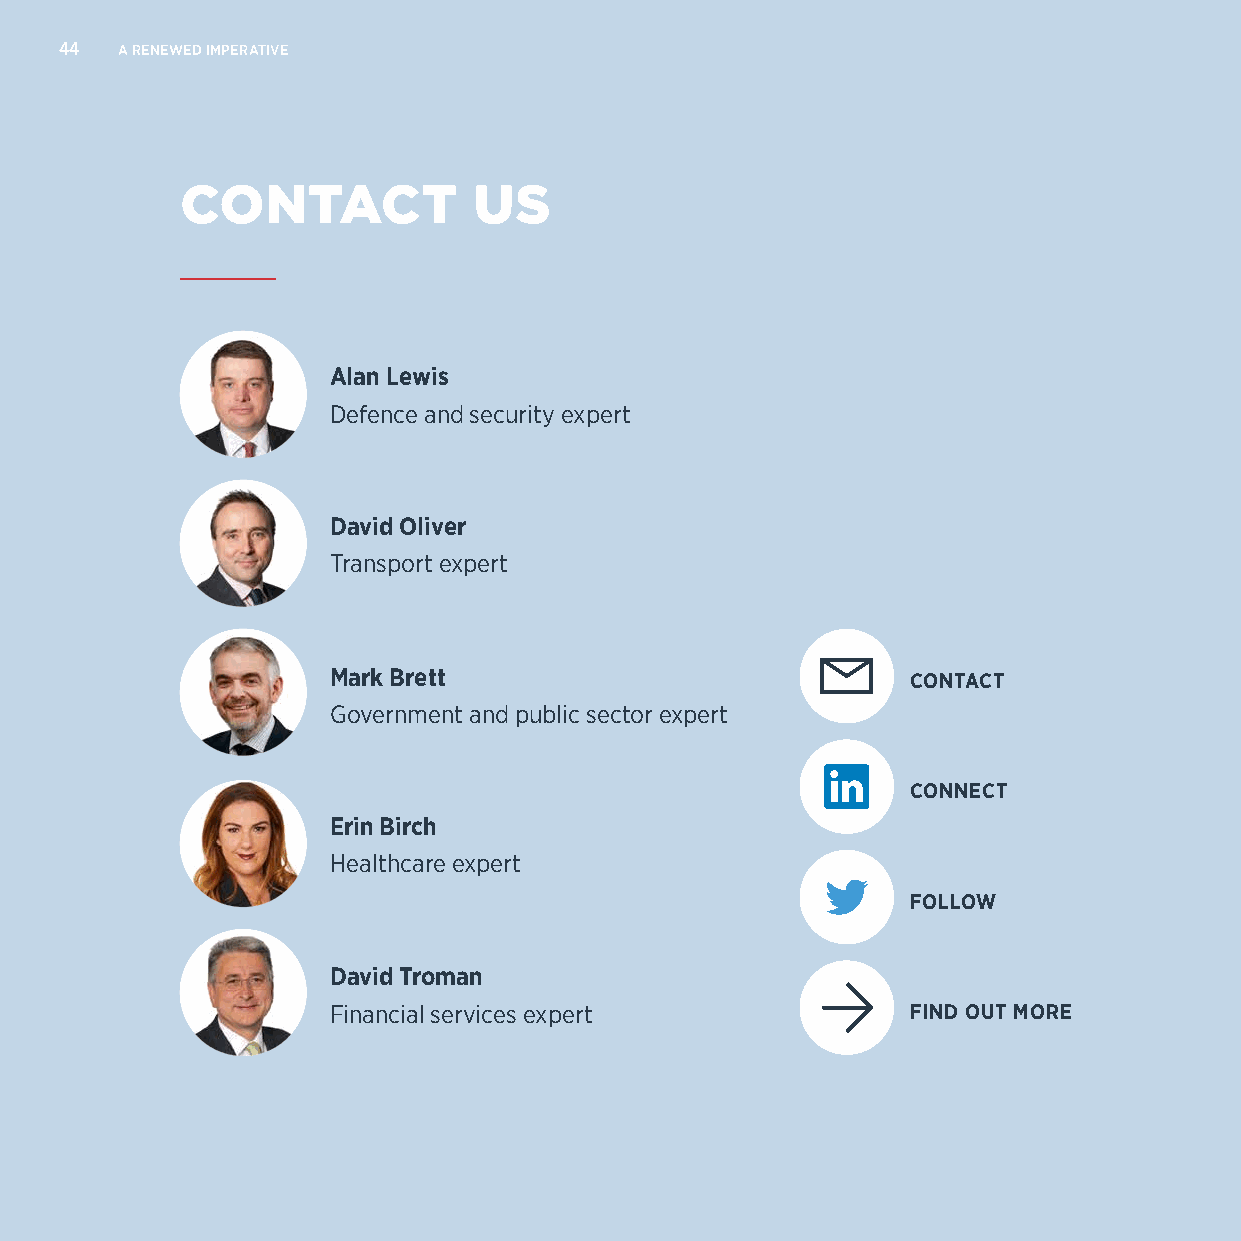
44  A RENEWED IMPERATIVE
 CONTACT            US
 Alan Lewis
 Defence and security expert
 David Oliver
 Transport expert
 Mark Brett                            CONTACT
 Government and public sector expert
 CONNECT
 Erin Birch
 Healthcare expert
 FOLLOW
 David Troman
 Financial services expert             FIND OUT MORE